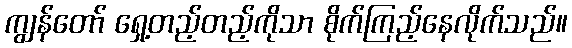
ကျွန်တော် ရှေ့တည့်တည့်ကိုသာ စိုက်ကြည့်နေလိုက်သည်။